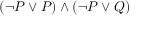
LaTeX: ( \neg P \lor P ) \land ( \neg P \lor Q )